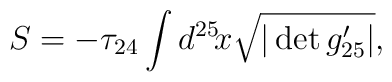
S=-\tau_{24}\int d^{25}\!x \sqrt{|\det g_{25}^{\prime}|},